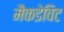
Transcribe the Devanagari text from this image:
मैकडेविट